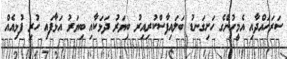
ސަރަހައްދާއި އެމީހުންގެ ހަށިގަނޑު ބަލައިފާސްކުރިއިރު ބިޔަރު ދަޅަކާއި ބިޔަރު އަޅާފައި ހުރި ފުޅިއެއް